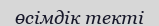
өсімдік текті